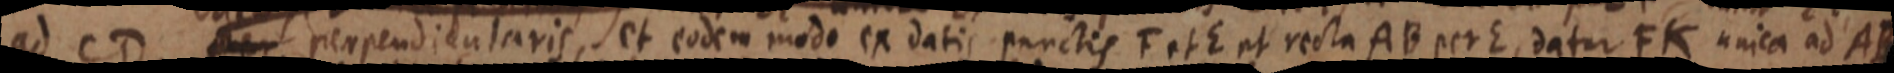
ad CD per perpendicularis, et eodem modo ex datis punctis F et E et recta AB per E, datur FK unica ad AB